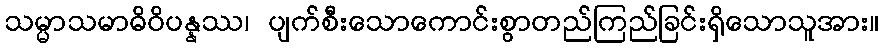
သမ္မာသမာဓိဝိပန္နဿ၊ ပျက်စီးသောကောင်းစွာတည်ကြည်ခြင်းရှိသောသူအား။